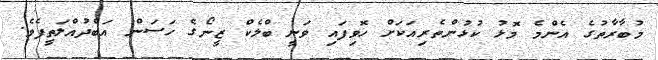
މުބާރާތުގެ އެންމެ މޮޅު ކުޅުންތެރިއަކަށް ހޮވިފައި ވަނީ ބްލެކް ޒީނޯގެ ހަސަން އަބްދުއްލަތީފެވެ.